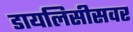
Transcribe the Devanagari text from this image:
डायलिसीसवर